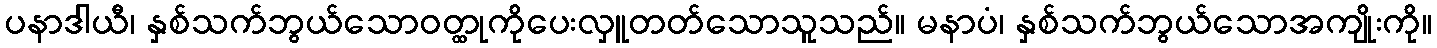
ပနာဒါယီ၊ နှစ်သက်ဘွယ်သောဝတ္ထုကိုပေးလှူတတ်သောသူသည်။ မနာပံ၊ နှစ်သက်ဘွယ်သောအကျိုးကို။